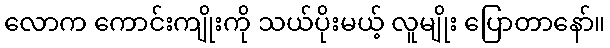
လောက ကောင်းကျိုးကို သယ်ပိုးမယ့် လူမျိုး ပြောတာနော်။